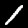
Digit: 1